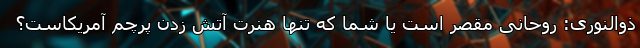
ذوالنوری: روحانی مقصر است یا شما که تنها هنرت آتش زدن پرچم آمریکاست؟